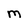
Character: M